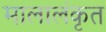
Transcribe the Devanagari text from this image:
मालालंकृत